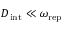
D _ { \mathrm { i n t } } \ll \omega _ { \mathrm { r e p } }